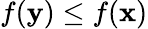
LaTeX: f(\mathbf{y})\leq f(\mathbf{x})